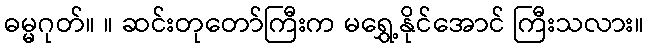
ဓမ္မဂုတ်။ ။ ဆင်းတုတော်ကြီးက မရွှေ့နိုင်အောင် ကြီးသလား။